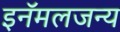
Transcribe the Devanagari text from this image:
इनॅमलजन्य